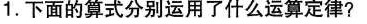
1. 下面的算式分别运用了什么运算定律?